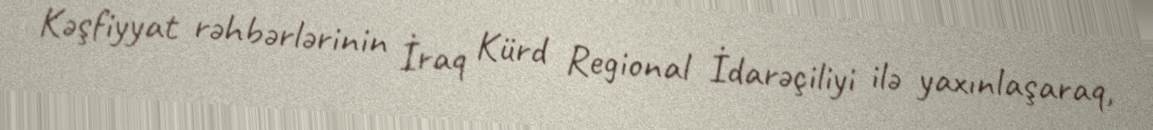
Kəşfiyyat rəhbərlərinin İraq Kürd Regional İdarəçiliyi ilə yaxınlaşaraq,